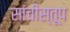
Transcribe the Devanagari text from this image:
सांचीस्तूप